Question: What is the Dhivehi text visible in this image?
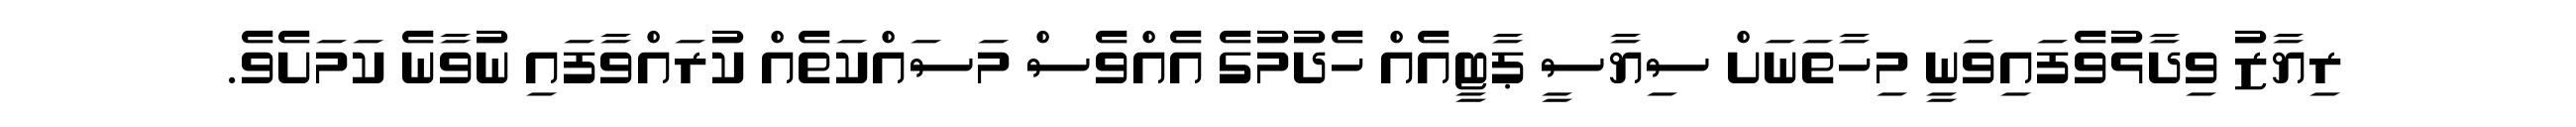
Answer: ރިޔާޒު ވިދާޅުވެފައިވަނީ މިހާތަނަށް ސިޔާސީ ޕާޓީއެއް ހެދުމުގެ އެއްވެސް މަސައްކަތެއް ކުރައްވާފައި ނުވާނެ ކަމަށެވެ.